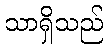
သာရှိသည်